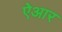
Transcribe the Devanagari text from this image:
ऐआर